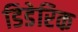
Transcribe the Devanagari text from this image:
डिडेरिक